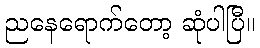
ညနေရောက်တော့ ဆုံပါပြီ။